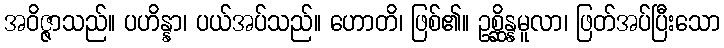
အဝိဇ္ဇာသည်။ ပဟိန္နာ၊ ပယ်အပ်သည်။ ဟောတိ၊ ဖြစ်၏။ ဥစ္ဆိန္နမူလာ၊ ဖြတ်အပ်ပြီးသော